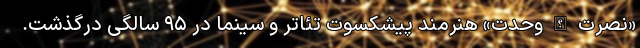
«نصرت الله وحدت» هنرمند پیشکسوت تئاتر و سینما در ۹۵ سالگی درگذشت.